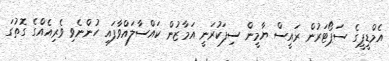
އެމްޑީޕީގެ ސަޕޯޓަރުން ރައީސް ޔާމީން ސިފަކުރަނީ އަމާޒުން ކައްސާލައްވާފައި ހުންނެވި ވެރިއެއްގެ ގޮތުގަ